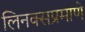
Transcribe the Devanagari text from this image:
लिनक्सप्रमाणे